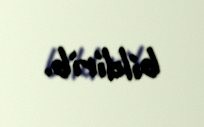
bildirib.